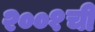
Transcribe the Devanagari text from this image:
२००१ची